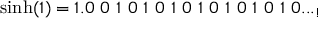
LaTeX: \sinh ( 1 ) = 1 . 0 \ 0 \ 1 \ 0 \ 1 \ 0 \ 1 \ 0 \ 1 \ 0 \ 1 \ 0 \ 1 \ 0 \ 1 \ 0 . . . _ { ! }